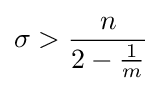
\sigma >{\frac {n}{2-{\frac {1}{m}}}}